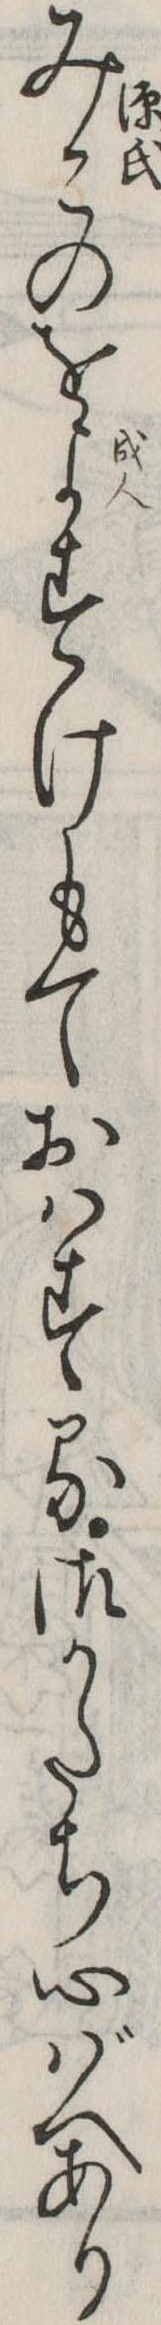
みこのをよすけもておはする御かたち心ばへあり